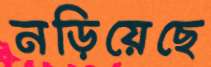
নড়িয়েছে